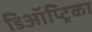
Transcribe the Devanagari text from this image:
डिऑप्ट्रिका